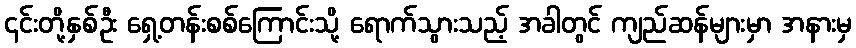
၎င်းတို့နှစ်ဦး ရှေ့တန်းစစ်ကြောင်းသို့ ရောက်သွားသည့် အခါတွင် ကျည်ဆန်များမှာ အနားမှ